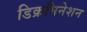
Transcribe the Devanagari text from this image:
डिक्रमिनेशन